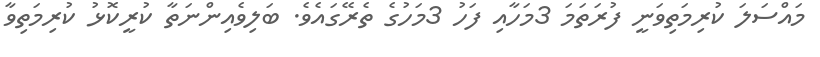
މައްސަލަ ކުރިމަތިވަނީ ފުރަތަމަ 3މަހާއި ފަހު 3މަހުގެ ތެރޭގައެވެ. ބަލިވެއިންނަތާ ކުރީކޮޅު ކުރިމަތިވާ